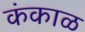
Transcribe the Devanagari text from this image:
कंकाळ